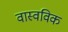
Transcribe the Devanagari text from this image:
वास्वविक